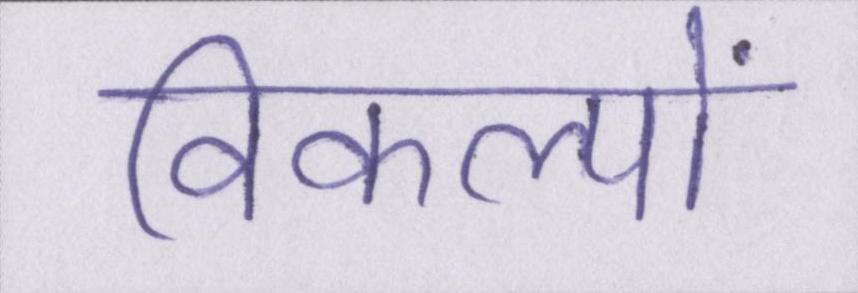
विकल्पों